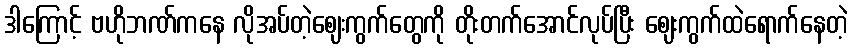
ဒါကြောင့် ဗဟိုဘဏ်ကနေ လိုအပ်တဲ့ဈေးကွက်တွေကို တိုးတက်အောင်လုပ်ပြီး ဈေးကွက်ထဲရောက်နေတဲ့